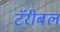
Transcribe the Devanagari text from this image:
टॅरीबल